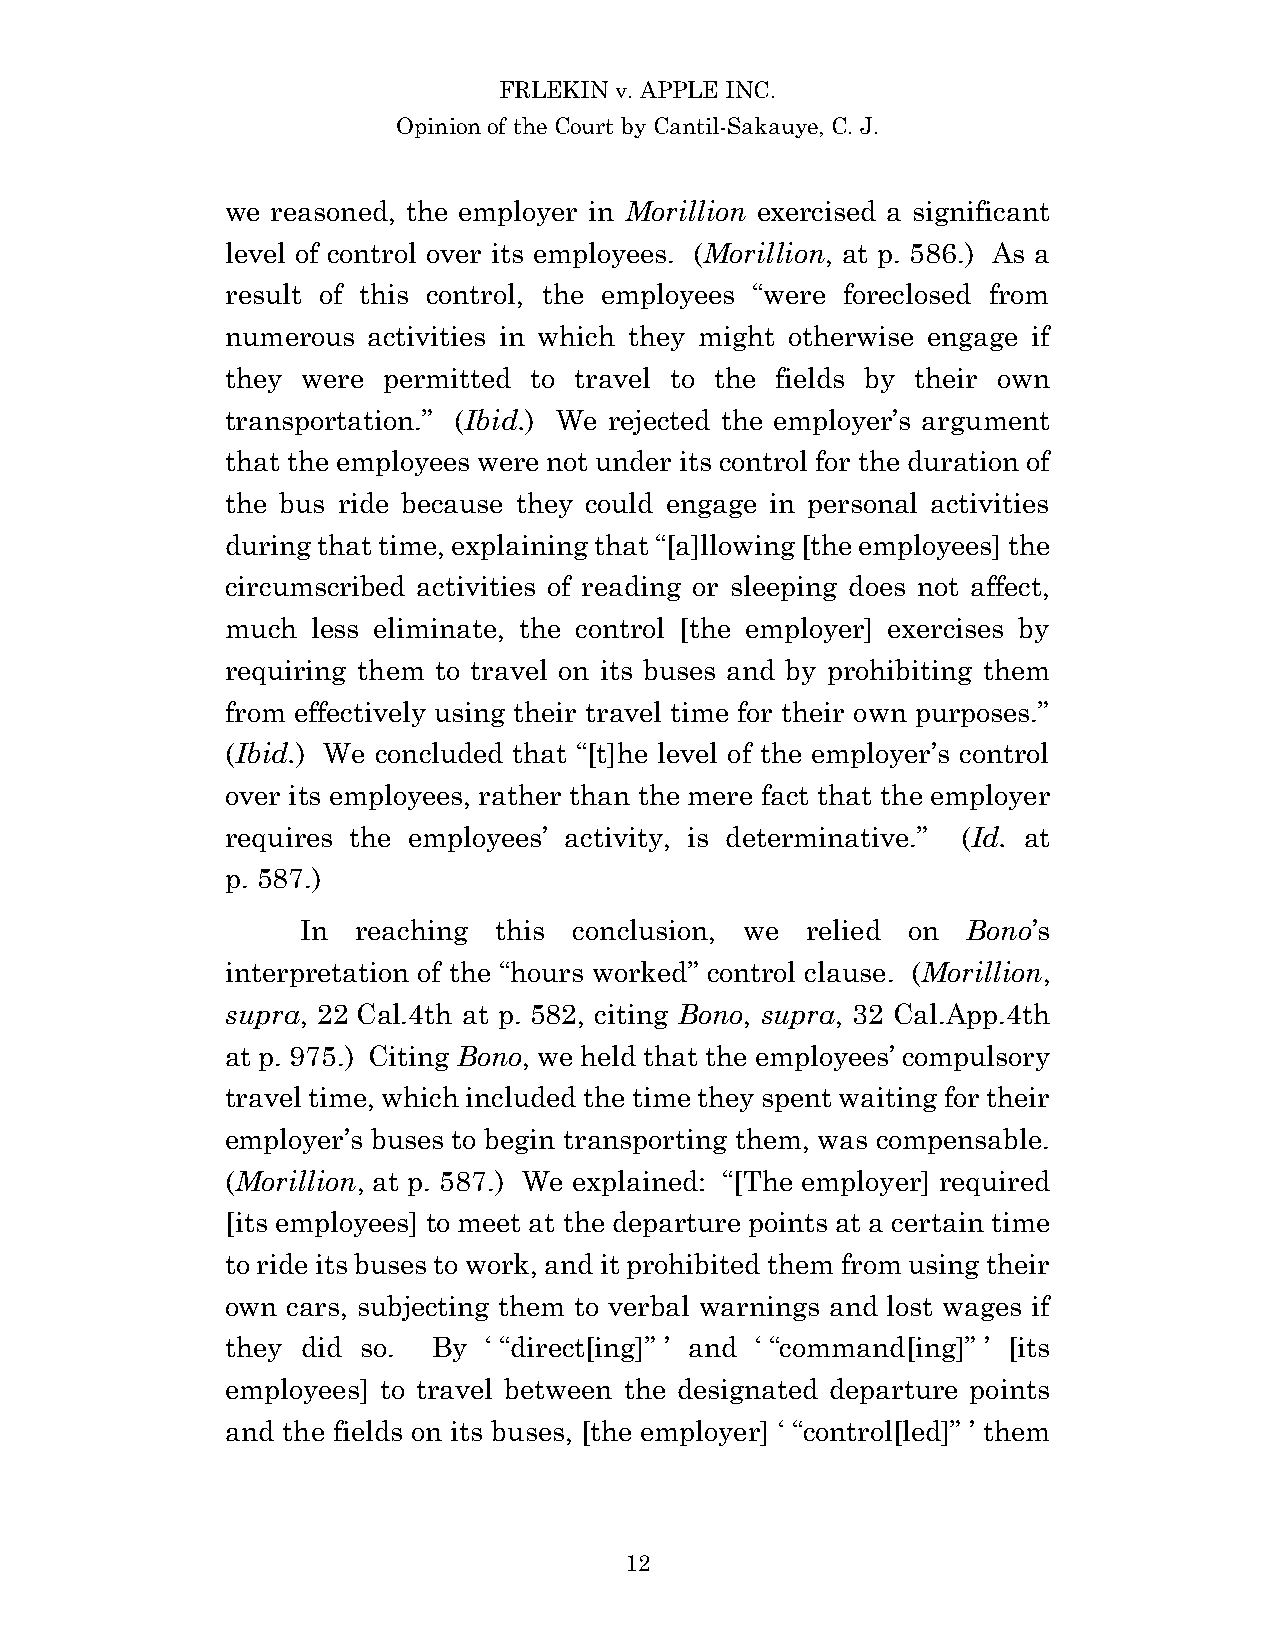
FRLEKIN v. APPLE INC.
 Opinion of the Court by Cantil-Sakauye, C. J.
 we reasoned, the employer in Morillion exercised a significant
 level of control over its employees. (Morillion, at p. 586.) As a
 result of this control, the employees “were foreclosed from
 numerous activities in which they might otherwise engage if
 they were permitted to travel to the fields by their own
 transportation.” (Ibid.) We rejected the employer’s argument
 that the employees were not under its control for the duration of
 the bus ride because they could engage in personal activities
 during that time, explaining that “[a]llowing [the employees] the
 circumscribed activities of reading or sleeping does not affect,
 much  less eliminate, the control [the employer] exercises by
 requiring them to travel on its buses and by prohibiting them
 from effectively using their travel time for their own purposes.”
 (Ibid.) We concluded that “[t]he level of the employer’s control
 over its employees, rather than the mere fact that the employer
 requires the employees’ activity, is determinative.” (Id. at
 p. 587.)
 In  reaching this conclusion, we relied on  Bono’s
 interpretation of the “hours worked” control clause. (Morillion,
 supra, 22 Cal.4th at p. 582, citing Bono, supra, 32 Cal.App.4th
 at p. 975.) Citing Bono, we held that the employees’ compulsory
 travel time, which included the time they spent waiting for their
 employer’s buses to begin transporting them, was compensable.
 (Morillion, at p. 587.) We explained: “[The employer] required
 [its employees] to meet at the departure points at a certain time
 to ride its buses to work, and it prohibited them from using their
 own cars, subjecting them to verbal warnings and lost wages if
 they did so.  By ‘ “direct[ing]” ’ and ‘ “command[ing]” ’ [its
 employees] to travel between the designated departure points
 and the fields on its buses, [the employer] ‘ “control[led]” ’ them
 12